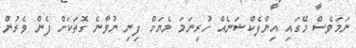
ނަމަވެސް މޭގައި އިންފެކްޝަނެއް ހުރިނަމަ މެޔަށް ފިނި ނުވާނެ ގޮތަކަށް ފެން ވެރުން